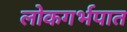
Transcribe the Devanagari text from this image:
लोकगर्भपात